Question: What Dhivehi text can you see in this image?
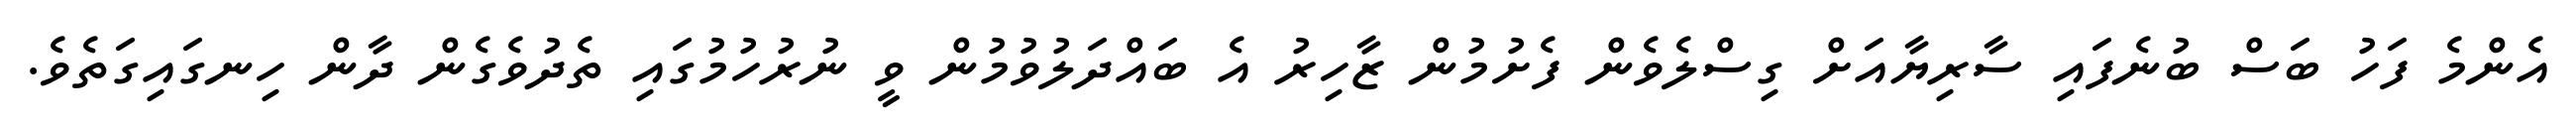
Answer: އެންމެ ފަހު ބަސް ބުނެފައި ސާރިޔާއަށް ގިސްލެވެން ފެށުމުން ޒާހިރު އެ ބައްދަލުވުމުން ވީ ނުރުހުމުގައި ތެދުވެގެން ދާން ހިނގައިގަތެވެ.